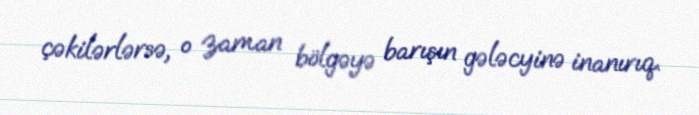
çəkilərlərsə, o zaman bölgəyə barışın gələcyinə inanırıq.